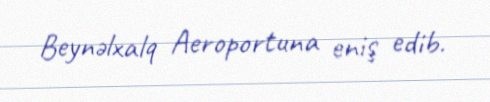
Beynəlxalq Aeroportuna eniş edib.